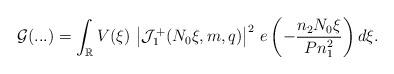
LaTeX: \begin{align*}\mathcal{G}(...) = \int_{\mathbb{R}} V(\xi)\,\left| \mathcal{J}^{+}_1(N_0\xi,m,q)\right|^2\, e\left(-\frac{n_2N_0\xi}{Pn^2_1}\right)d\xi.\end{align*}